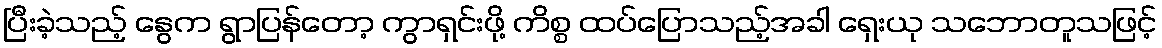
ပြီးခဲ့သည့် နွေက ရွာပြန်တော့ ကွာရှင်းဖို့ ကိစ္စ ထပ်ပြောသည့်အခါ ရှေးယု သဘောတူသဖြင့်